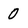
Character: 0